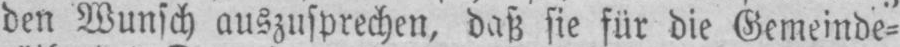
den Wunsch auszusprechen, daß sie für die Gemeinde⸗